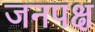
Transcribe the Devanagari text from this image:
जनपक्ष